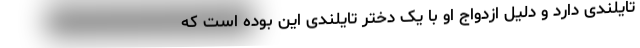
تایلندی دارد و دلیل ازدواج او با یک دختر تایلندی این بوده است که